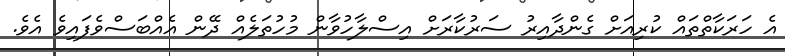
އެ ހަރަކާތްތައް ކުރިއަށް ގެންދާއިރު ސަރުކާރަށް އިސްލާހުވާން މުހުތަލެއް ދޭން އެއްބަސްވެފައިވެ އެވެ.